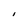
Character: I